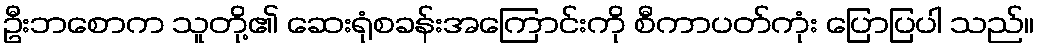
ဦးဘစောက သူတို့၏ ဆေးရုံစခန်းအကြောင်းကို စီကာပတ်ကုံး ပြောပြပါ သည်။